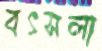
বৎসলা